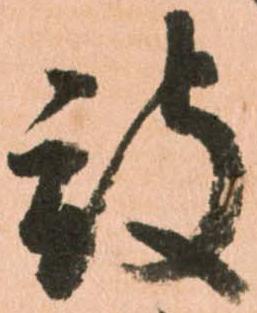
被